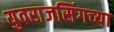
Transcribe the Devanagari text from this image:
युवराजसिंगच्या